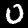
Digit: 0